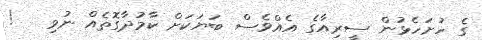
ގެ ހުށަހެޅުން ސީރިއާގެ އެއްވެސް ބަޔަކަށް ކާމުދާގޮތެއް ނުވި   !